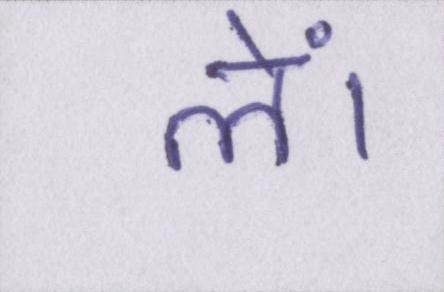
लें।